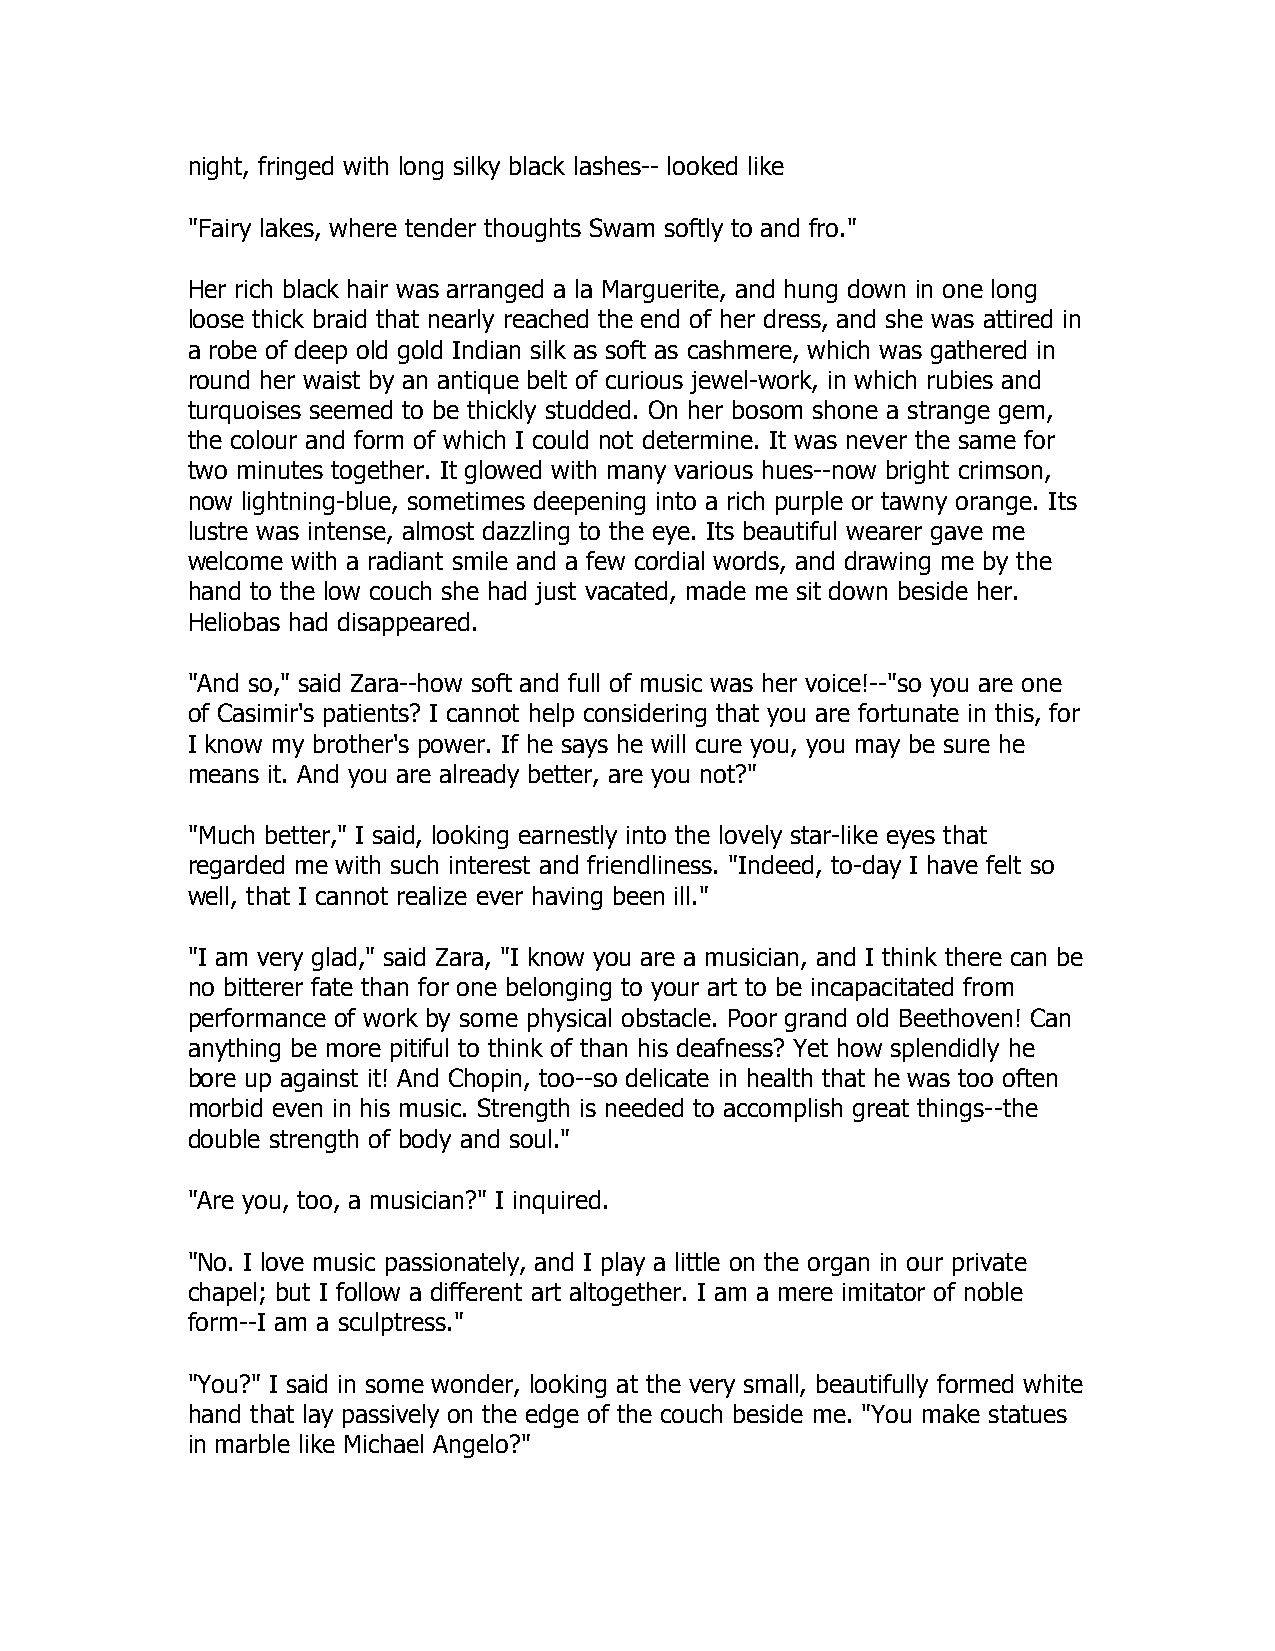
night, fringed with long silky black lashes-- looked like
 "Fairy lakes, where tender thoughts Swam softly to and fro."
 Her rich black hair was arranged a la Marguerite, and hung down in one long
 loose thick braid that nearly reached the end of her dress, and she was attired in
 a robe of deep old gold Indian silk as soft as cashmere, which was gathered in
 round her waist by an antique belt of curious jewel-work, in which rubies and
 turquoises seemed to be thickly studded. On her bosom shone a strange gem,
 the colour and form of which I could not determine. It was never the same for
 two minutes together. It glowed with many various hues--now bright crimson,
 now lightning-blue, sometimes deepening into a rich purple or tawny orange. Its
 lustre was intense, almost dazzling to the eye. Its beautiful wearer gave me
 welcome with a radiant smile and a few cordial words, and drawing me by the
 hand to the low couch she had just vacated, made me sit down beside her.
 Heliobas had disappeared.
 "And so," said Zara--how soft and full of music was her voice!--"so you are one
 of Casimir's patients? I cannot help considering that you are fortunate in this, for
 I know my brother's power. If he says he will cure you, you may be sure he
 means it. And you are already better, are you not?"
 "Much better," I said, looking earnestly into the lovely star-like eyes that
 regarded me with such interest and friendliness. "Indeed, to-day I have felt so
 well, that I cannot realize ever having been ill."
 "I am very glad," said Zara, "I know you are a musician, and I think there can be
 no bitterer fate than for one belonging to your art to be incapacitated from
 performance of work by some physical obstacle. Poor grand old Beethoven! Can
 anything be more pitiful to think of than his deafness? Yet how splendidly he
 bore up against it! And Chopin, too--so delicate in health that he was too often
 morbid even in his music. Strength is needed to accomplish great things--the
 double strength of body and soul."
 "Are you, too, a musician?" I inquired.
 "No. I love music passionately, and I play a little on the organ in our private
 chapel; but I follow a different art altogether. I am a mere imitator of noble
 form--I am a sculptress."
 "You?" I said in some wonder, looking at the very small, beautifully formed white
 hand that lay passively on the edge of the couch beside me. "You make statues
 in marble like Michael Angelo?"